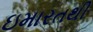
ઇમારતથી